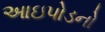
આઇપોડનો